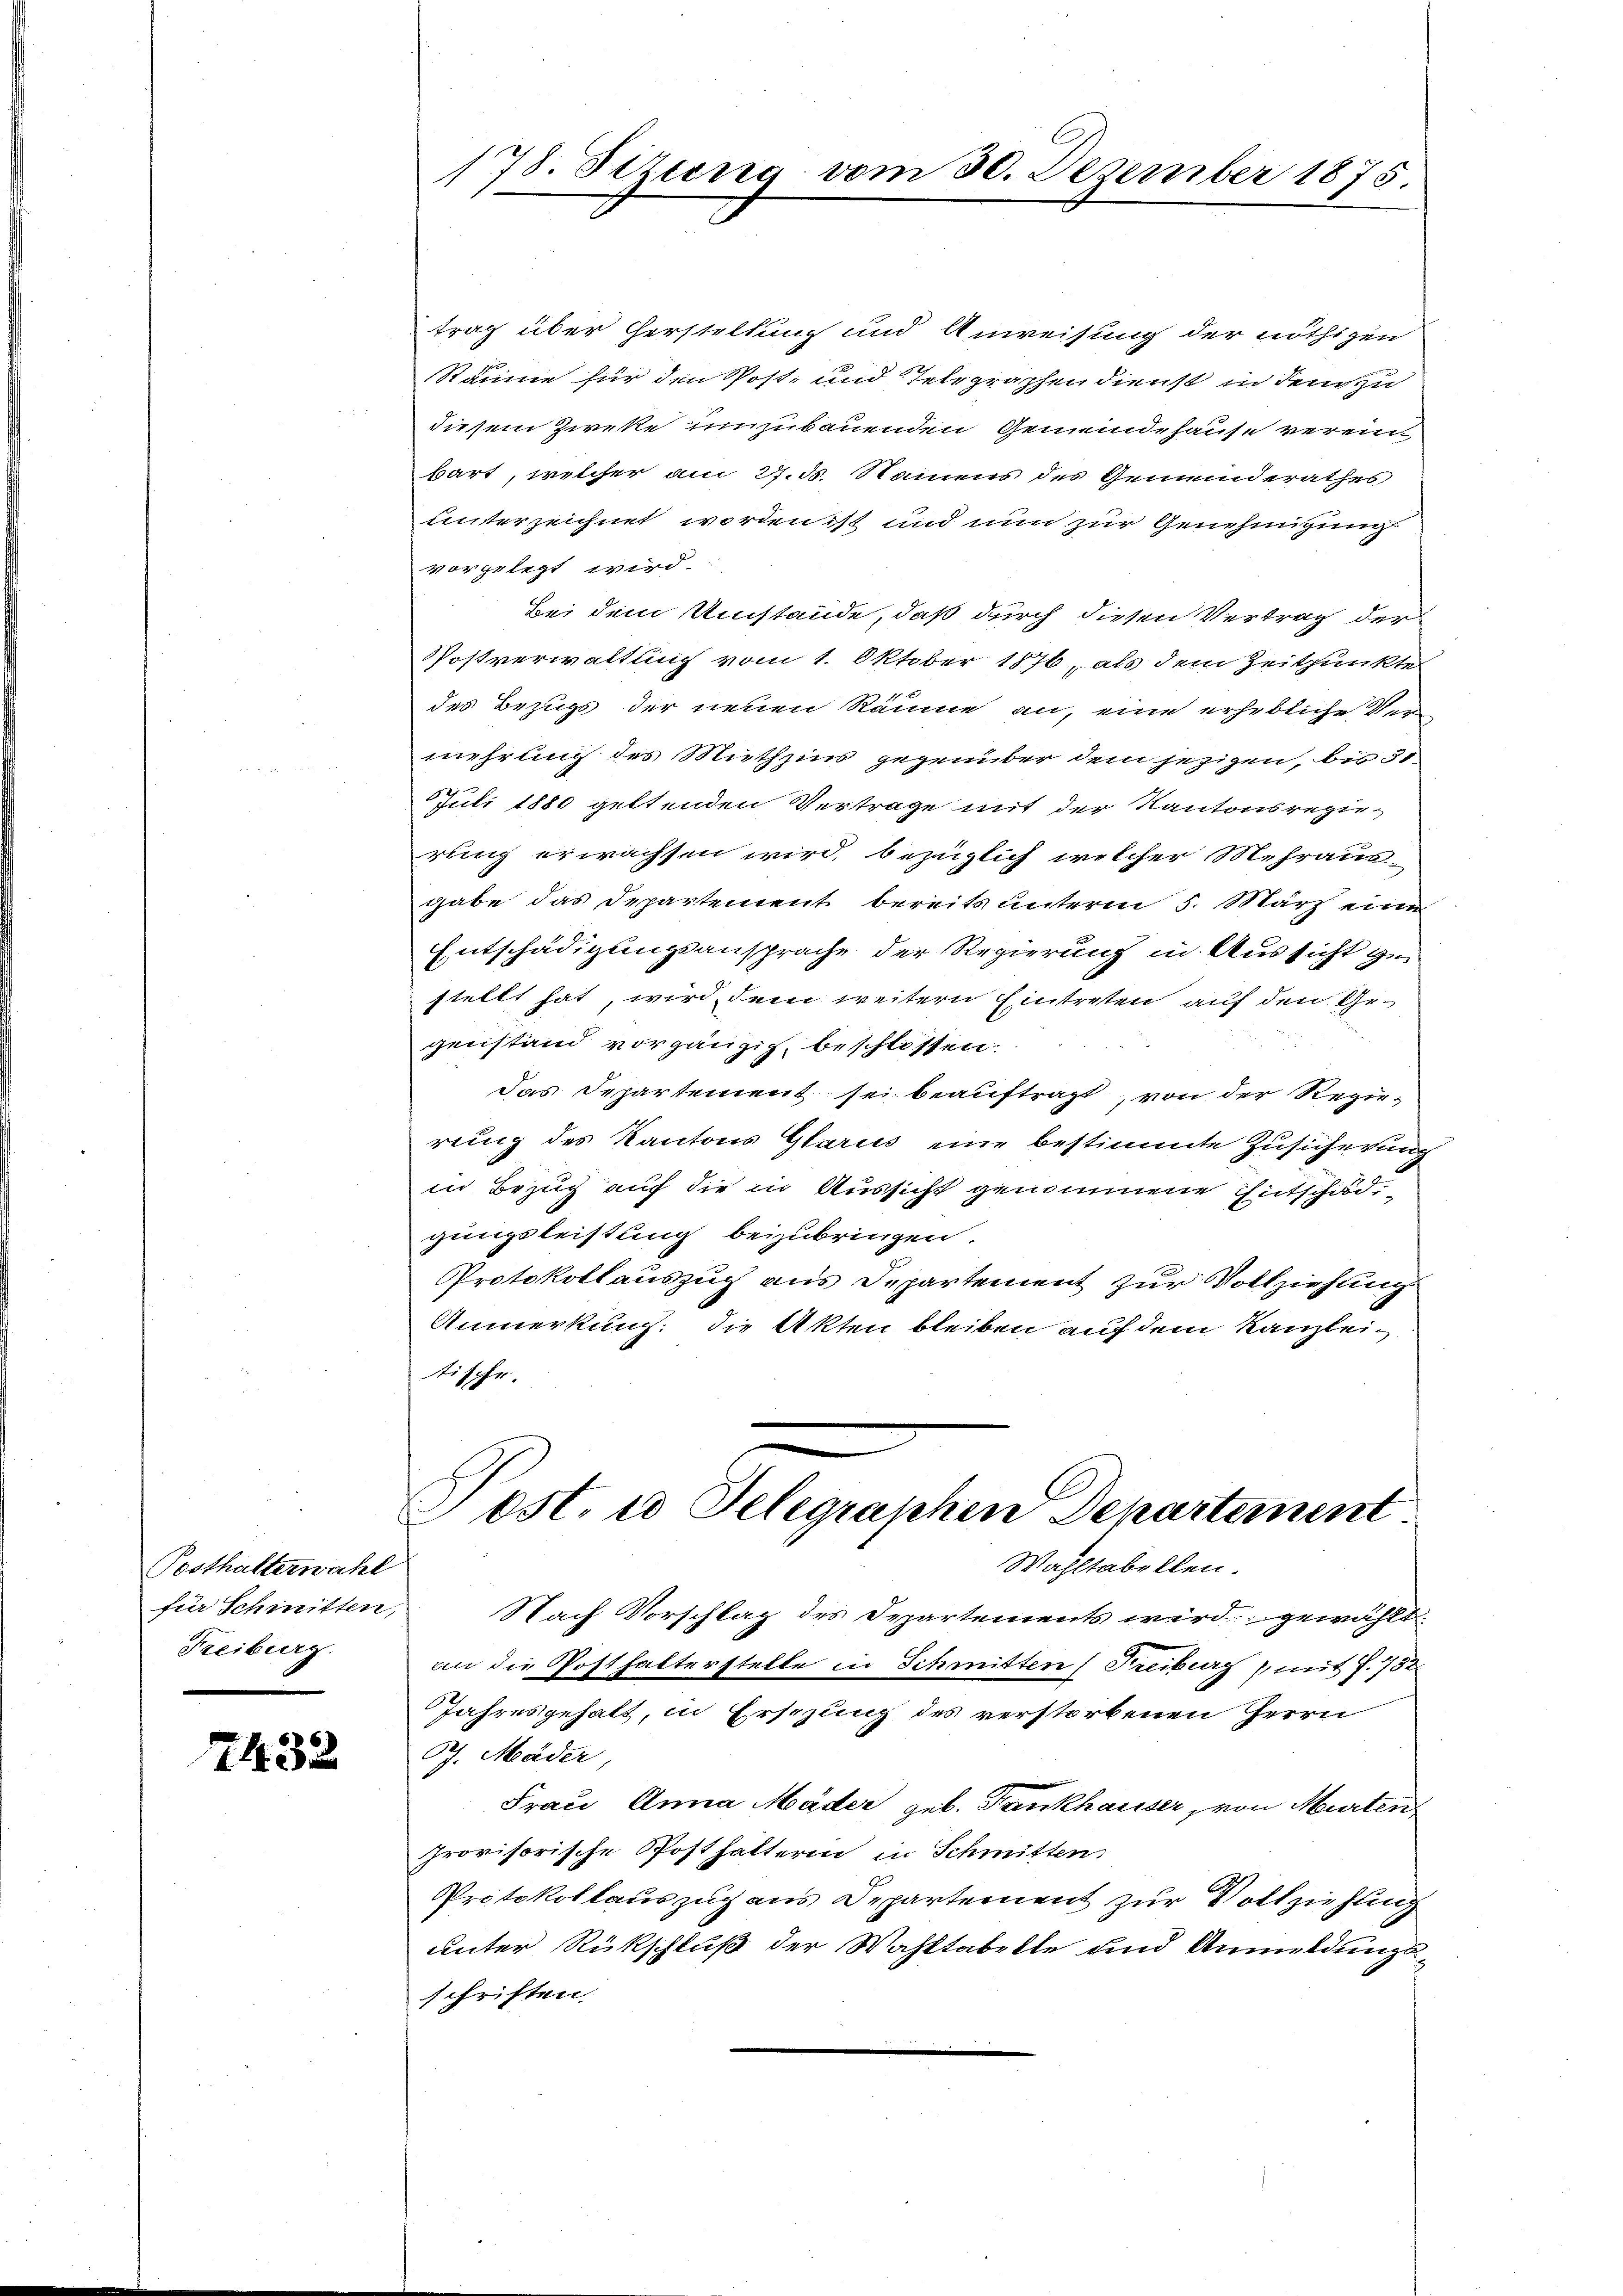
Posthalterwähl
für Schmitten,
Freiburg.

2432

178. Stzung vom 30. Dezember 1875.

trag über Gerstellung und Anweisung der nöthigen
Räume für den Post- und Telegraphen dienst in dem zu
diesem Zweke einzubauenden Gemeindehause verein-
bart, welcher am 31. ds. Namens des Gemeinderathes
unterzeichnet worden ist und nun zur Genehmigung
vorgelegt wird.
Bei dem Umstände, daß durch diesen Vertrag der
PPostverwaltung vom 1. Oktober 1876, als dem Zeitpunkte
des Bezugs der neuen Räume an, eine erhebliche Ver-
mehrung des Miethzins gegenüber dem jezigen, bis 31
Juli 1880 geltenden Vertrage mit der Kantonsregie
rung erwachsen wird, bezüglich welcher Mehrausgabe das Departement bereits unterm 5. März eine
Entschädigungsansprache der Regierung in Aussicht gestellt hat, wird dem weitern Eintreten auf den Gegenstand vorgängig, beschlossen.
Das Departement sei beauftragt, von der Regierung des Kantons Glarus eine bestimmte Zusicherung
in Bezug auf die in Aussicht genommene Entschädi
gungsleistung beizubringen.
Protokollauszug aus Departement zur Vollziehung
Anmerkung: die Akten bleiben auf dem Kanzleitische.

ost. io Telegraphen Departement

Wahltabellen.
Nach Vorschlag des Departements wird gewählt:
an die Posthalterstelle in Schmitten (Freiburg mit S. 732
Jahresgehalt, in Ersezung des verstorbenen Herrn
G7. Mäder
Frau Anna Mäder geb. Fankhauser, von Murten
provisorische Posthalterin in Schmitten
Protokollauszug aus Departement zur Vollziehung
unter Rückschluß der Wahltabelle und Anmeldungsschriften.